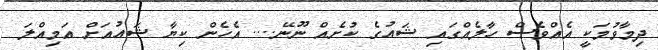
ދިމާވުމަކީ އެއްވެސް ހާލެއްގައި ޝައުގެ ކުށެއް ނޫނޭ.... އެހެން ކިޔާ ޝައުއަށް އަމިއްލަ